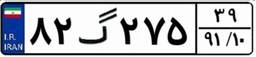
۸۲گ۲۷۵۳۹